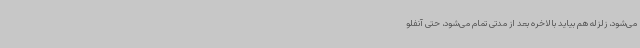
می‌شود، زلزله هم بیاید بالاخره بعد از مدتی تمام می‌شود، حتی آنفلو